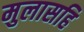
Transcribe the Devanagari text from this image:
मुलासहि